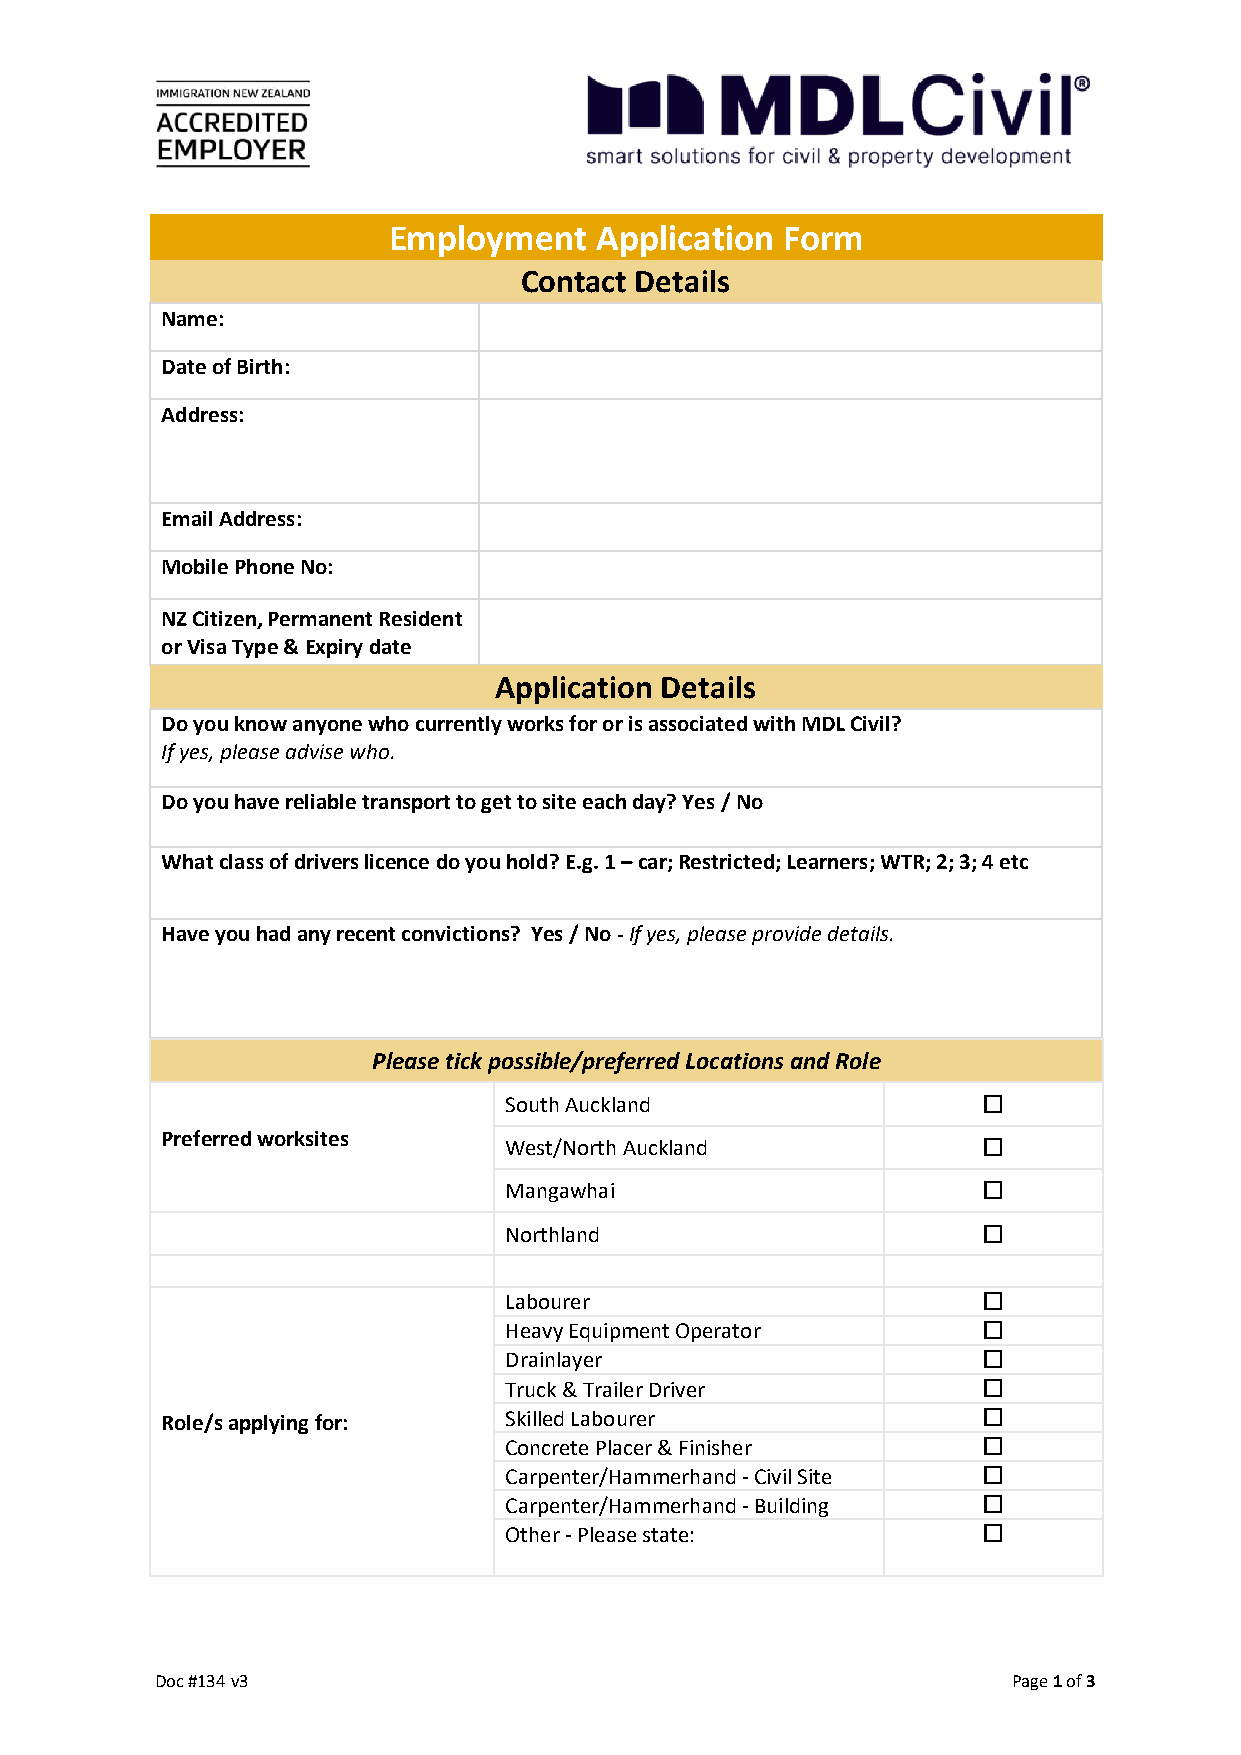
Employment   Application  Form
 Contact Details
 Name:
 Date of Birth:
 Address:
 Email Address:
 Mobile Phone No:
 NZ Citizen, Permanent Resident
 or Visa Type & Expiry date
 Application Details
 Do you know anyone who currently works for or is associated with MDL Civil?
 If yes, please advise who.
 Do you have reliable transport to get to site each day? Yes / No
 What class of drivers licence do you hold? E.g. 1 – car; Restricted; Learners; WTR; 2; 3; 4 etc
 Have you had any recent convictions? Yes / No - If yes, please provide details.
 Please tick possible/preferred Locations and Role
 South Auckland                  
 Preferred worksites
 West/North Auckland             
 Mangawhai                       
 Northland                       
 Labourer                        
 Heavy Equipment Operator        
 Drainlayer                      
 Truck & Trailer Driver          
 Role/s applying for:  Skilled Labourer                
 Concrete Placer & Finisher      
 Carpenter/Hammerhand - Civil Site 
 Carpenter/Hammerhand - Building 
 Other - Please state:           
 Doc #134 v3                                              Page 1 of 3